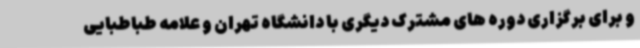
و برای برگزاری دوره های مشترک دیگری با دانشگاه تهران و علامه طباطبایی